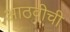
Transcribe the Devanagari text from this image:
आठवीची